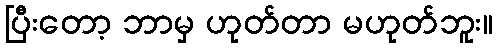
ပြီးတော့ ဘာမှ ဟုတ်တာ မဟုတ်ဘူး။